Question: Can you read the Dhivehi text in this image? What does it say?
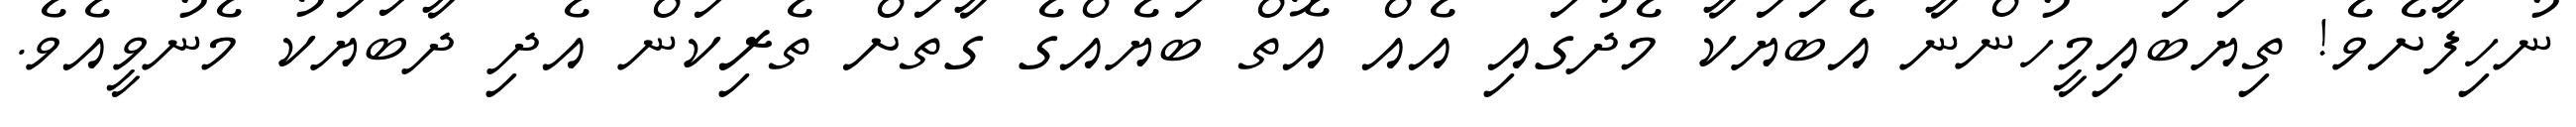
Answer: ނުހިފާށެވެ! ތިޔަބައިމީހުންނާ އެބަޔަކާ މެދުގައި އެއް އޮތް ބަޔެއްގެ ގާތަށް ތެރިކަން އެދި ދާބަޔަކު މެނުވީއެވެ.